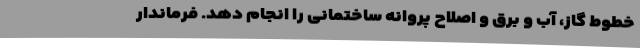
خطوط گاز، آب و برق و اصلاح پروانه ساختمانی را انجام دهد. فرماندار